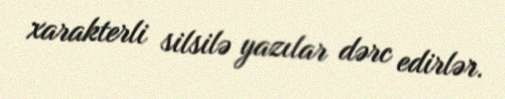
xarakterli silsilə yazılar dərc edirlər.